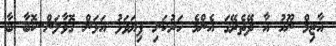
އާޒިމް ނޫހު އާ ދޭތެރޭގަ އެންމެ ހަރުކަށި ފިޔަވަޅު އަޅަން ގޮވާލަން..ކޮބާ ބާ